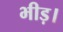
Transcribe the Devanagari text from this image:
भीड़।